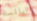
اليائسة